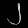
Digit: ၂